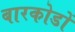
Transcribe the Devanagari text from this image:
बारकोडों